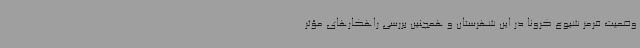
وضعیت قرمز شیوع کرونا در این شهرستان و همچنین بررسی راهکارهای مؤثر